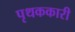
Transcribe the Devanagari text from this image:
पृथककारी